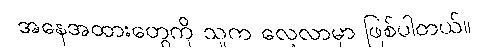
အနေအထားတွေကို သူက လေ့လာမှာ ဖြစ်ပါတယ်။